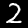
Digit: 2